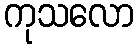
ကုသလော